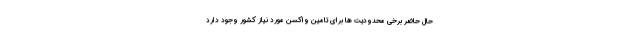
حال حاضر برخی محدودیت ها برای تامین واکسن مورد نیاز کشور وجود دارد